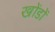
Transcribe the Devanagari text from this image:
खोंडों